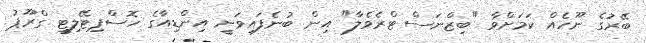
ބޭރުގެ ނޫހެއް ކަމަށްވާ "ބިޒްނަސް ޓްރެވެލާ" އިން ބުނެފައިވަނީ އިންޑިއާގެ ހޮސްޕިޓޭލިޓީ ގްރޫޕު